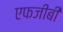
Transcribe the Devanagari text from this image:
एफजीबी